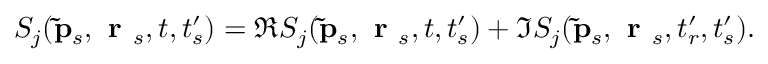
S _ { j } ( \mathbf { \tilde { p } } _ { s } , \textbf { r } _ { s } , t , t _ { s } ^ { \prime } ) = \Re S _ { j } ( \mathbf { \tilde { p } } _ { s } , \textbf { r } _ { s } , t , t _ { s } ^ { \prime } ) + \Im S _ { j } ( \mathbf { \tilde { p } } _ { s } , \textbf { r } _ { s } , t _ { r } ^ { \prime } , t _ { s } ^ { \prime } ) .